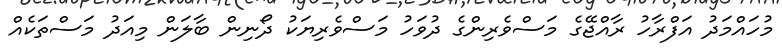
މުހައްމަދު އަފްރާހު ރާއްޖޭގެ މަސްވެރިންގެ ދުވަހު މަސްވެރިޔަކު ދޯނިން ބާލަން މިއަދު މަސްތަކެއް